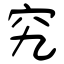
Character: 究